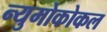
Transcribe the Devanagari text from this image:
न्युमोकोकल